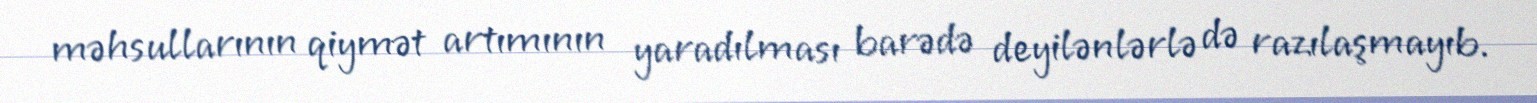
məhsullarının qiymət artımının yaradılması barədə deyilənlərlə də razılaşmayıb.